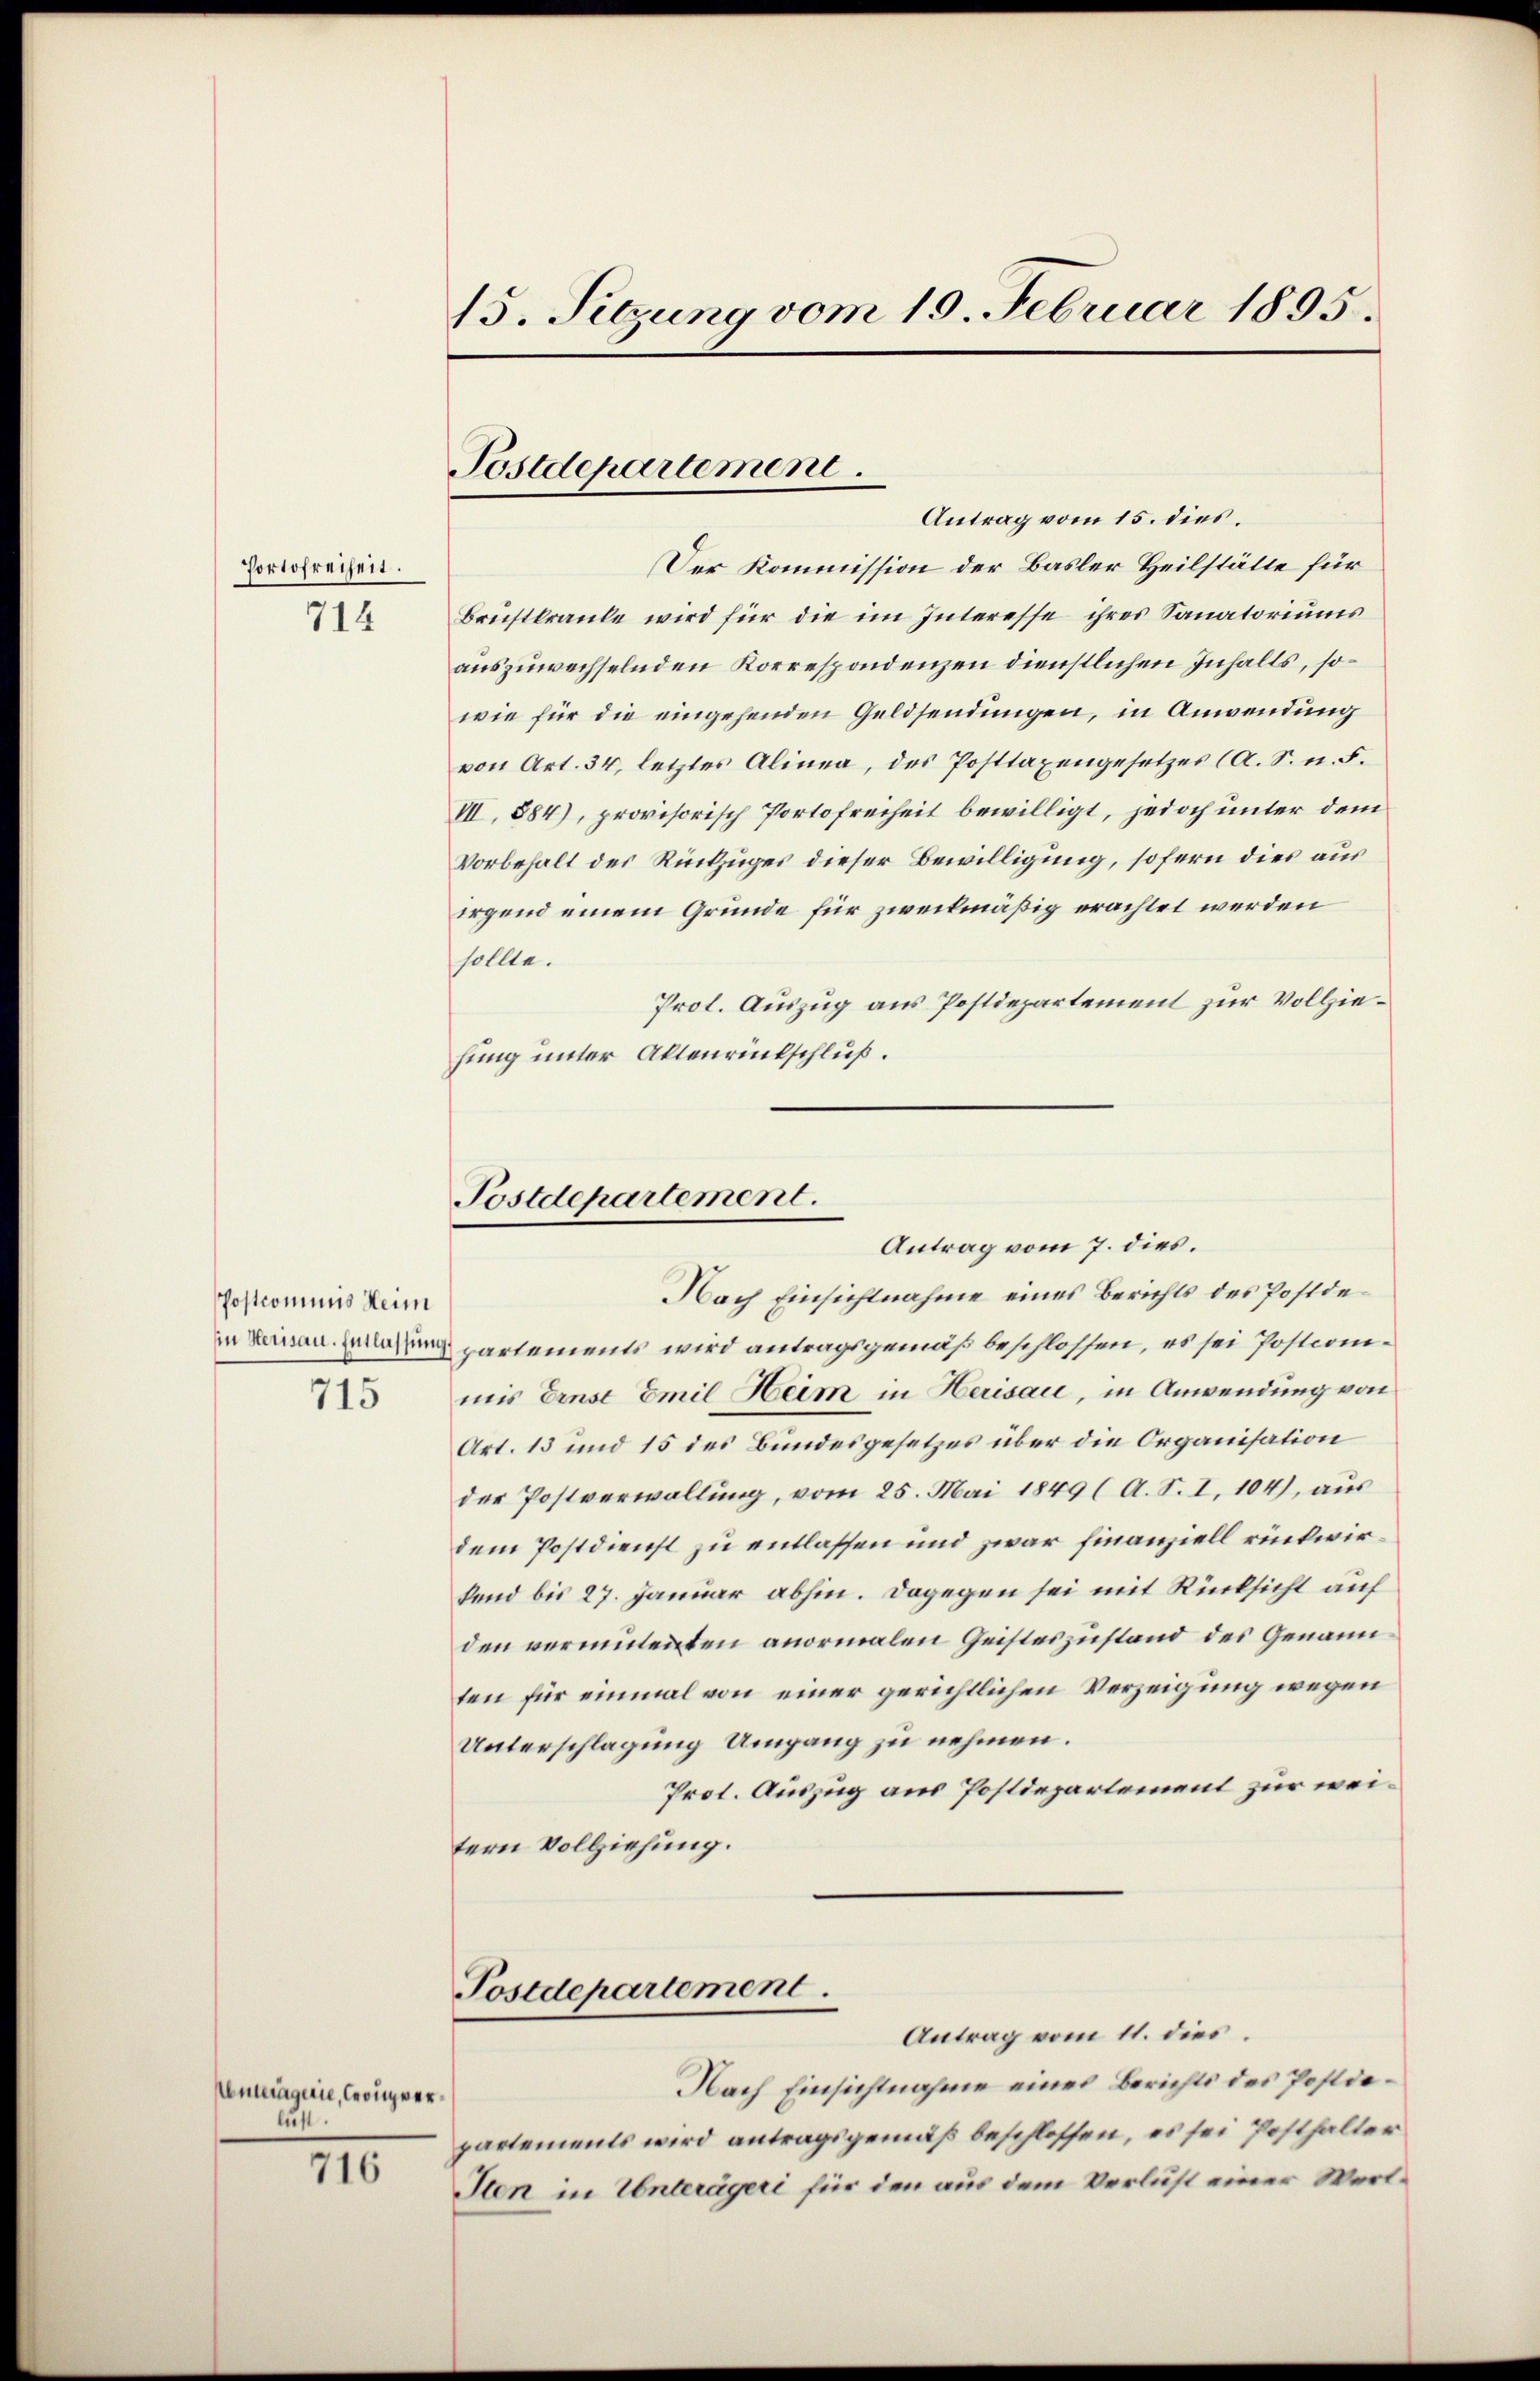
Portofreiheit.
714

Postcommis Heim
715

Anträgerie, Crouver
lus.

716

15. Sitzung vom 19. Februar 1895.

Postdepartement.

Antrag vom 15. dies.
Der Kommission der Basler Heilstätte für
Brustkraute wird für die im Interesse ihres Sanatoriums
auszuwechselnden Korrespondenzen dienstlichen Inhalts, sowie für die eingehenden Geldsendungen, in Anwendung
von Art. 34, letztes Alinea, des Posttaxengesetzes (A. S. n. F.
VII. 884), provisorisch Portofreiheit bewilligt, jedoch unter dem
Vorbehalt des Rückzuges dieser Bewilligung, sofern dies aus
irgend einem Gründe für zweckmäßig erachtet werden
sollte.
Prot. Auszug aus Postdepartement zur Vollziehung unter Aktenrückschluß.

Postdepartement.
Antrag vom 7. dies.

Postdepartement.

Nach Einsichtnahme eines Berichts des Postdein keinen partements wird antragsgemäß beschlossen, es sei Postcommis Ernst Emil Heim in Herisau, in Anwendung von
Art. 13 und 15 des Bundesgesetzes über die Organisation
der Postverwallung, vom 25. Mai 1849 (A. S. I. 104), aus
dem Postdienst zu entlassen und zwar finanziell rückwirfend bis 27. Januar abhin. Dagegen sei mit Rücksicht auf
den vermutenten anormalen Geisteszustand des Genannten für einmal von einer gerichtlichen Verzeigung wegen
Unterschlagung Umgang zu nehmen.
Prot. Auszug aus Postdepartement zur weitern Vollziehung.

Antrag vom 11. dies
Nach Einsichtnahme eines Berichts des Postdepartements wird antragsgemäß beschlossen, es sei Posthalter
Sten in Unterägeri für den aus dem Verlust einer Werl¬